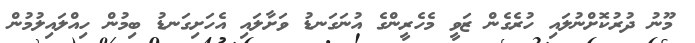
މޫނު ދުރުކޮށްނުލައި ހުރެގެން ޒަވީ މެހެރީންގެ އުނަގަނޑު ވަށާލައި އެހަށިގަނޑު ބިމުން ހިއްލައިލުމުން